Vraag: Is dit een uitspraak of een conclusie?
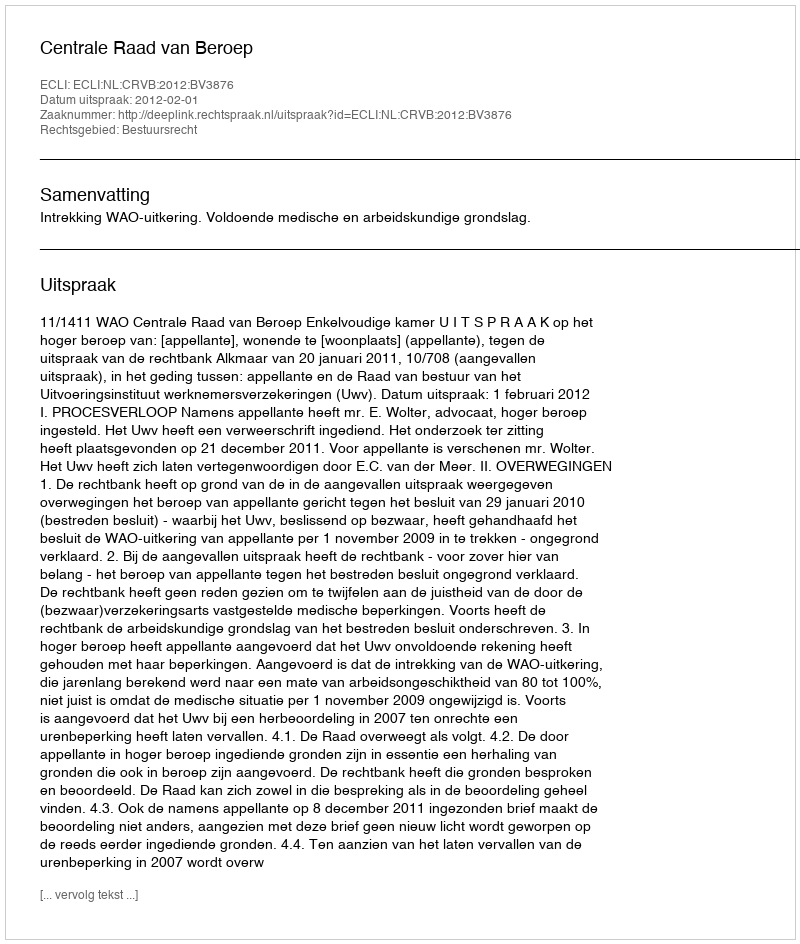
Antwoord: Uitspraak